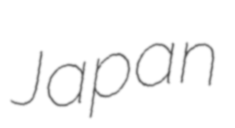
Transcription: Japan